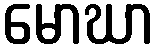
မောဃာ